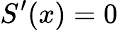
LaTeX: S^{\prime}(x)=0